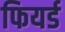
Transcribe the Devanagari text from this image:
फियर्ड